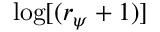
\log [ ( r _ { \psi } + 1 ) ]